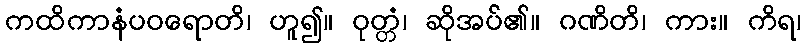
ကထိကာနံပဝရောတိ၊ ဟူ၍။ ဝုတ္တံ၊ ဆိုအပ်၏။ ဂဏိတိ၊ ကား။ ကိရ၊